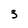
Character: 3